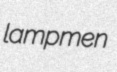
lampmen